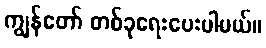
ကျွန်တော် တစ်ခုရေးပေးပါမယ်။